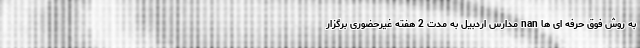
به روش فوق حرفه ای ها nan مدارس اردبیل به مدت 2 هفته غیرحضوری برگزار